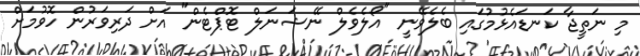
މި ނަތީޖާ ކަނޑައެޅުމުގައި ބެލެވޭނީ "އޯލެވެލް ނޭޝަނަލް ޓޮޕްޓެން" އަށް ދަރިވަރުން ހޮވުމަށް